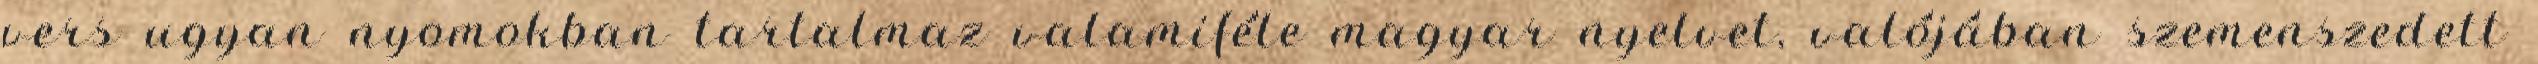
vers ugyan nyomokban tartalmaz valamiféle magyar nyelvet, valójában szemenszedett